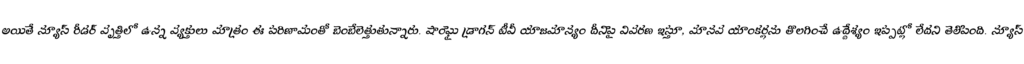
అయితే న్యూస్ రీడర్ వృత్తిలో ఉన్న వ్యక్తులు మాత్రం ఈ పరిణామంతో బెంబేలెత్తుతున్నారు. షాంఘై డ్రాగన్ టీవీ యాజమాన్యం దీనిపై వివరణ ఇస్తూ, మానవ యాంకర్లను తొలగించే ఉద్దేశ్యం ఇప్పట్లో లేదని తెలిపింది. న్యూస్